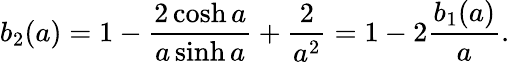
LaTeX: b_{2}(a)=1-\frac{2\cosh a}{a\sinh a}+\frac{2}{a^{2}}=1-2\frac{b_{1}(a)}a.